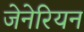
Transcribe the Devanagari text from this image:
जेनेरियन